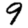
Digit: 9